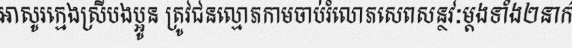
អាសូរក្មេងស្រីបងប្អូន ត្រូវជនល្មោភកាមចាប់រំលោភសេពសន្ថវៈម្តងទាំង២នាក់